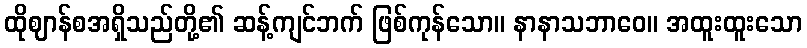
ထိုဈာန်စအရှိသည်တို့၏ ဆန့်ကျင်ဘက် ဖြစ်ကုန်သော။ နာနာသဘာဝေ။ အထူးထူးသော